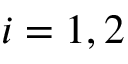
i = 1 , 2